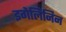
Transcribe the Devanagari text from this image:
इगेलिनिन